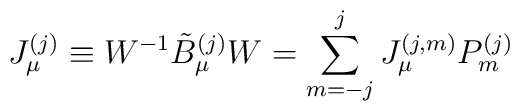
J_{\mu}^{(j)} \equiv W^{-1} \tilde{B}_{\mu}^{(j)} W   =\sum_{m=-j}^{j} J_{\mu}^{(j,m)}P_m^{(j)}